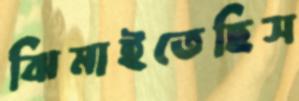
ঝিমাইতেছিস